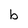
Character: b